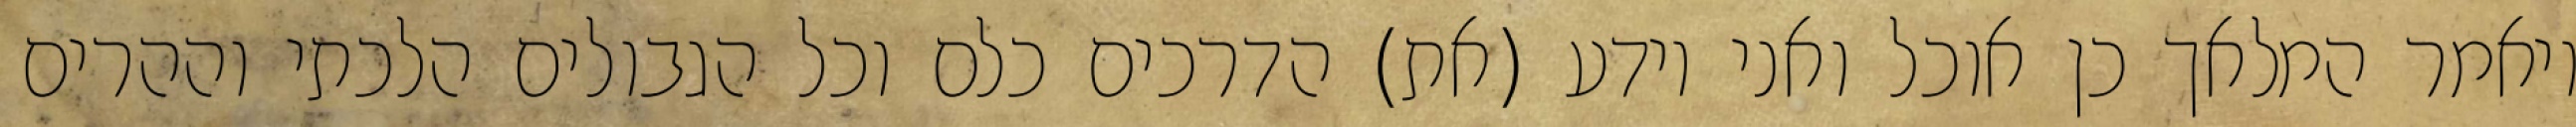
ויאמר המלאך כן אוכל ואני יודע (את) הדרכים כלם וכל הגבולים הלכתי וההרים